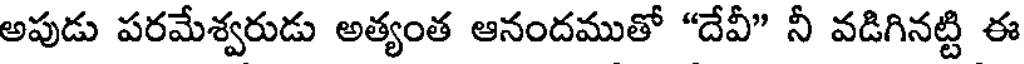
అపుడు పరమేశ్వరుడు అత్యంత ఆనందముతో "దేవీ" నీ వడిగినట్టి ఈ